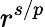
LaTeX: r^{s/p}